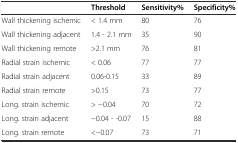
|  | Threshold | Sensitivity% | Specificity% |
 | --- | --- | --- | --- |
 | Wall thickening ischemic | < 1.4 mm | 80 | 76 |
 | Wall thickening adjacent | 1.4 - 2.1 mm | 35 | 90 |
 | Wall thickening remote | >2.1 mm | 76 | 81 |
 | Radial strain ischemic | < 0.06 | 77 | 77 |
 | Radial strain adjacent | 0.06-0.15 | 33 | 89 |
 | Radial strain remote | >0.15 | 73 | 77 |
 | Long. strain ischemic | > −0.04 | 70 | 72 |
 | Long. strain adjacent | −0.04 - -0.07 | 15 | 88 |
 | Long. strain remote | <−0.07 | 73 | 71 |